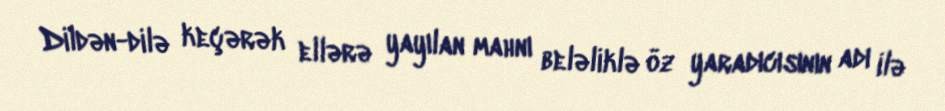
Dildən-dilə keçərək ellərə yayılan mahnı beləliklə öz yaradıcısının adı ilə